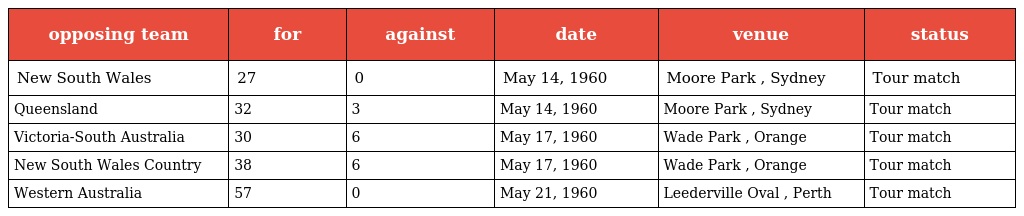
| opposing team | for | against | date | venue | status |
 | --- | --- | --- | --- | --- | --- |
 | New South Wales | 27 | 0 | May 14, 1960 | Moore Park , Sydney | Tour match |
 | Queensland | 32 | 3 | May 14, 1960 | Moore Park , Sydney | Tour match |
 | Victoria-South Australia | 30 | 6 | May 17, 1960 | Wade Park , Orange | Tour match |
 | New South Wales Country | 38 | 6 | May 17, 1960 | Wade Park , Orange | Tour match |
 | Western Australia | 57 | 0 | May 21, 1960 | Leederville Oval , Perth | Tour match |